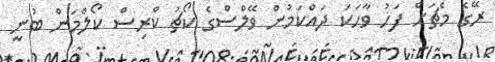
ރޭގެ މެޗަށް ފަހު ވާހަކަ ދައްކަމުން ވޭލްސްގެ ކޯޗު ކްރިސް ކޯލްމަން ބުނީ